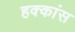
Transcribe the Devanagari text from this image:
हक्कांस